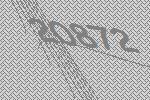
20872